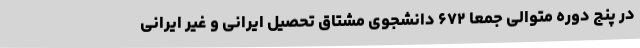
در پنج دوره متوالی جمعا ۶۷۲ دانشجوی مشتاق تحصیل ایرانی و غیر ایرانی